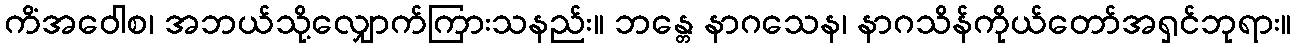
ကိံအဝေါစ၊ အဘယ်သို့လျှောက်ကြားသနည်း။ ဘန္တေ နာဂသေန၊ နာဂသိန်ကိုယ်တော်အရှင်ဘုရား။